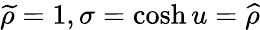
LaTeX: \widetilde{\rho}=1,\sigma=\cosh u=\widehat{\rho}